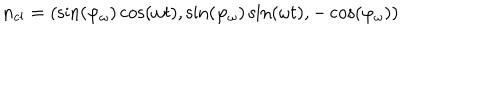
{ \bf n } _ { \mathrm { c l } } = ( \sin ( \varphi _ { \omega } ) \cos ( \omega t ) , \sin ( \varphi _ { \omega } ) \sin ( \omega t ) , - \cos ( \varphi _ { \omega } ) )